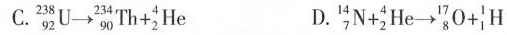
C.$$_ { 9 2 } ^ { 2 3 8 } U \rightarrow _ { 9 0 } ^ { 2 3 4 } T h + _ { 2 } ^ { 4 } H e$$ D.$$ _ { 7 } ^ { 1 4 } N + _ { 2 } ^ { 4 } H e \rightarrow _ { 8 } ^ { 1 7 } O + _ { 1 } ^ { 1 } H$$